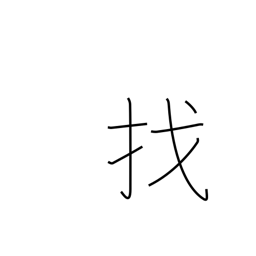
Meaning: make change